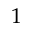
1